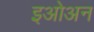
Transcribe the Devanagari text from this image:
इओअन